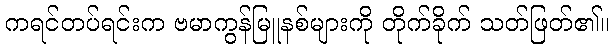
ကရင်တပ်ရင်းက ဗမာကွန်မြူနစ်များကို တိုက်ခိုက် သတ်ဖြတ်၏။